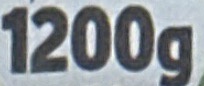
1200g